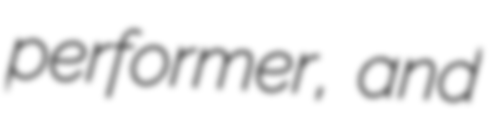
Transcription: performer, and